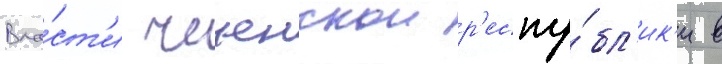
Вла́ст'и чеченскои р'еспу́бл'ик'и в